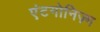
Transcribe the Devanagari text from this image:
एंटगोनिज़्म